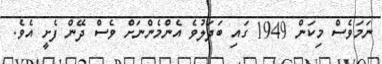
ނަމަވެސް މިކަން 1949 ގައި ބަދަލުވެ އެންމެންނަށް ވެސް ދޭން ފެށީ އެވެ.